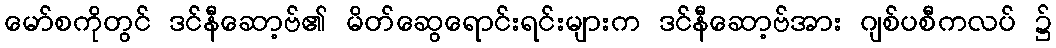
မော်စကိုတွင် ဒင်နီဆော့ဗ်၏ မိတ်ဆွေရောင်းရင်းများက ဒင်နီဆော့ဗ်အား ဂျစ်ပစီကလပ် ၌